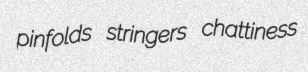
pinfolds stringers chattiness